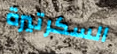
السكرتيرة